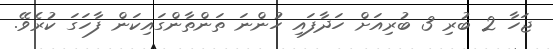
ޖަހާ 2 ބުރި 3 ބުރިއަށް ހަދާފައި ހުންނަ ތަންތާންގައިކަން ފާހަގަ ކުރެވޭ.